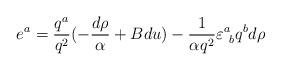
LaTeX: \begin{align*}e^a ={q^a \over q^2} (-{ d\rho \over \alpha} +B du) -{ 1 \over \alpha q^2}\varepsilon^a_{\ b}q^b d\rho\end{align*}